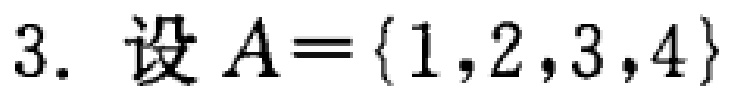
3. 设 \(A = \{1,2,3,4\}\)